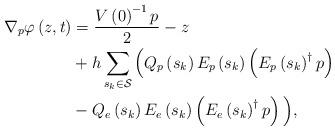
LaTeX: \begin{align*}\nabla_{p}\varphi\left(z,t\right) & =\frac{V\left(0\right)^{-1}p}{2}-z\\ & +h\sum_{s_{k}\in\mathcal{S}}\Big(Q_{p}\left(s_{k}\right)E_{p}\left(s_{k}\right)\left(E_{p}\left(s_{k}\right)^{\dagger}p\right)\\ & -Q_{e}\left(s_{k}\right)E_{e}\left(s_{k}\right)\left(E_{e}\left(s_{k}\right)^{\dagger}p\right)\Big),\end{align*}